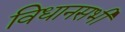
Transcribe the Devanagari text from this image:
विधानसभी